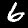
Digit: 6